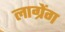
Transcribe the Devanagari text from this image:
लाग्रेंग